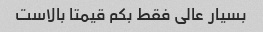
بسیار عالی فقط بکم قیمتا بالاست